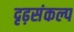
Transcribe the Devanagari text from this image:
दृढ़संकल्प